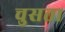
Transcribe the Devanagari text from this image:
चुसता